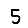
Digit: 5